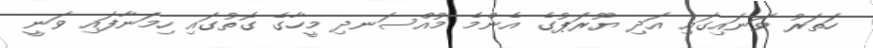
ހަތަރު ވަނައިގައި އަދި ޔޫރަޕުގެ އެންމެ މުއްސަނދި މީހާގެ ގޮތުގައި ހިމަނާފައި ވަނީ